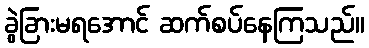
ခွဲခြားမရအောင် ဆက်စပ်နေကြသည်။